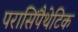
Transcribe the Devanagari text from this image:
परासिंपैथेटिक